NAE_ERA_R-2324_Eesti_Vabariigi_Pohiseaduslik_Assamblee, lk 3
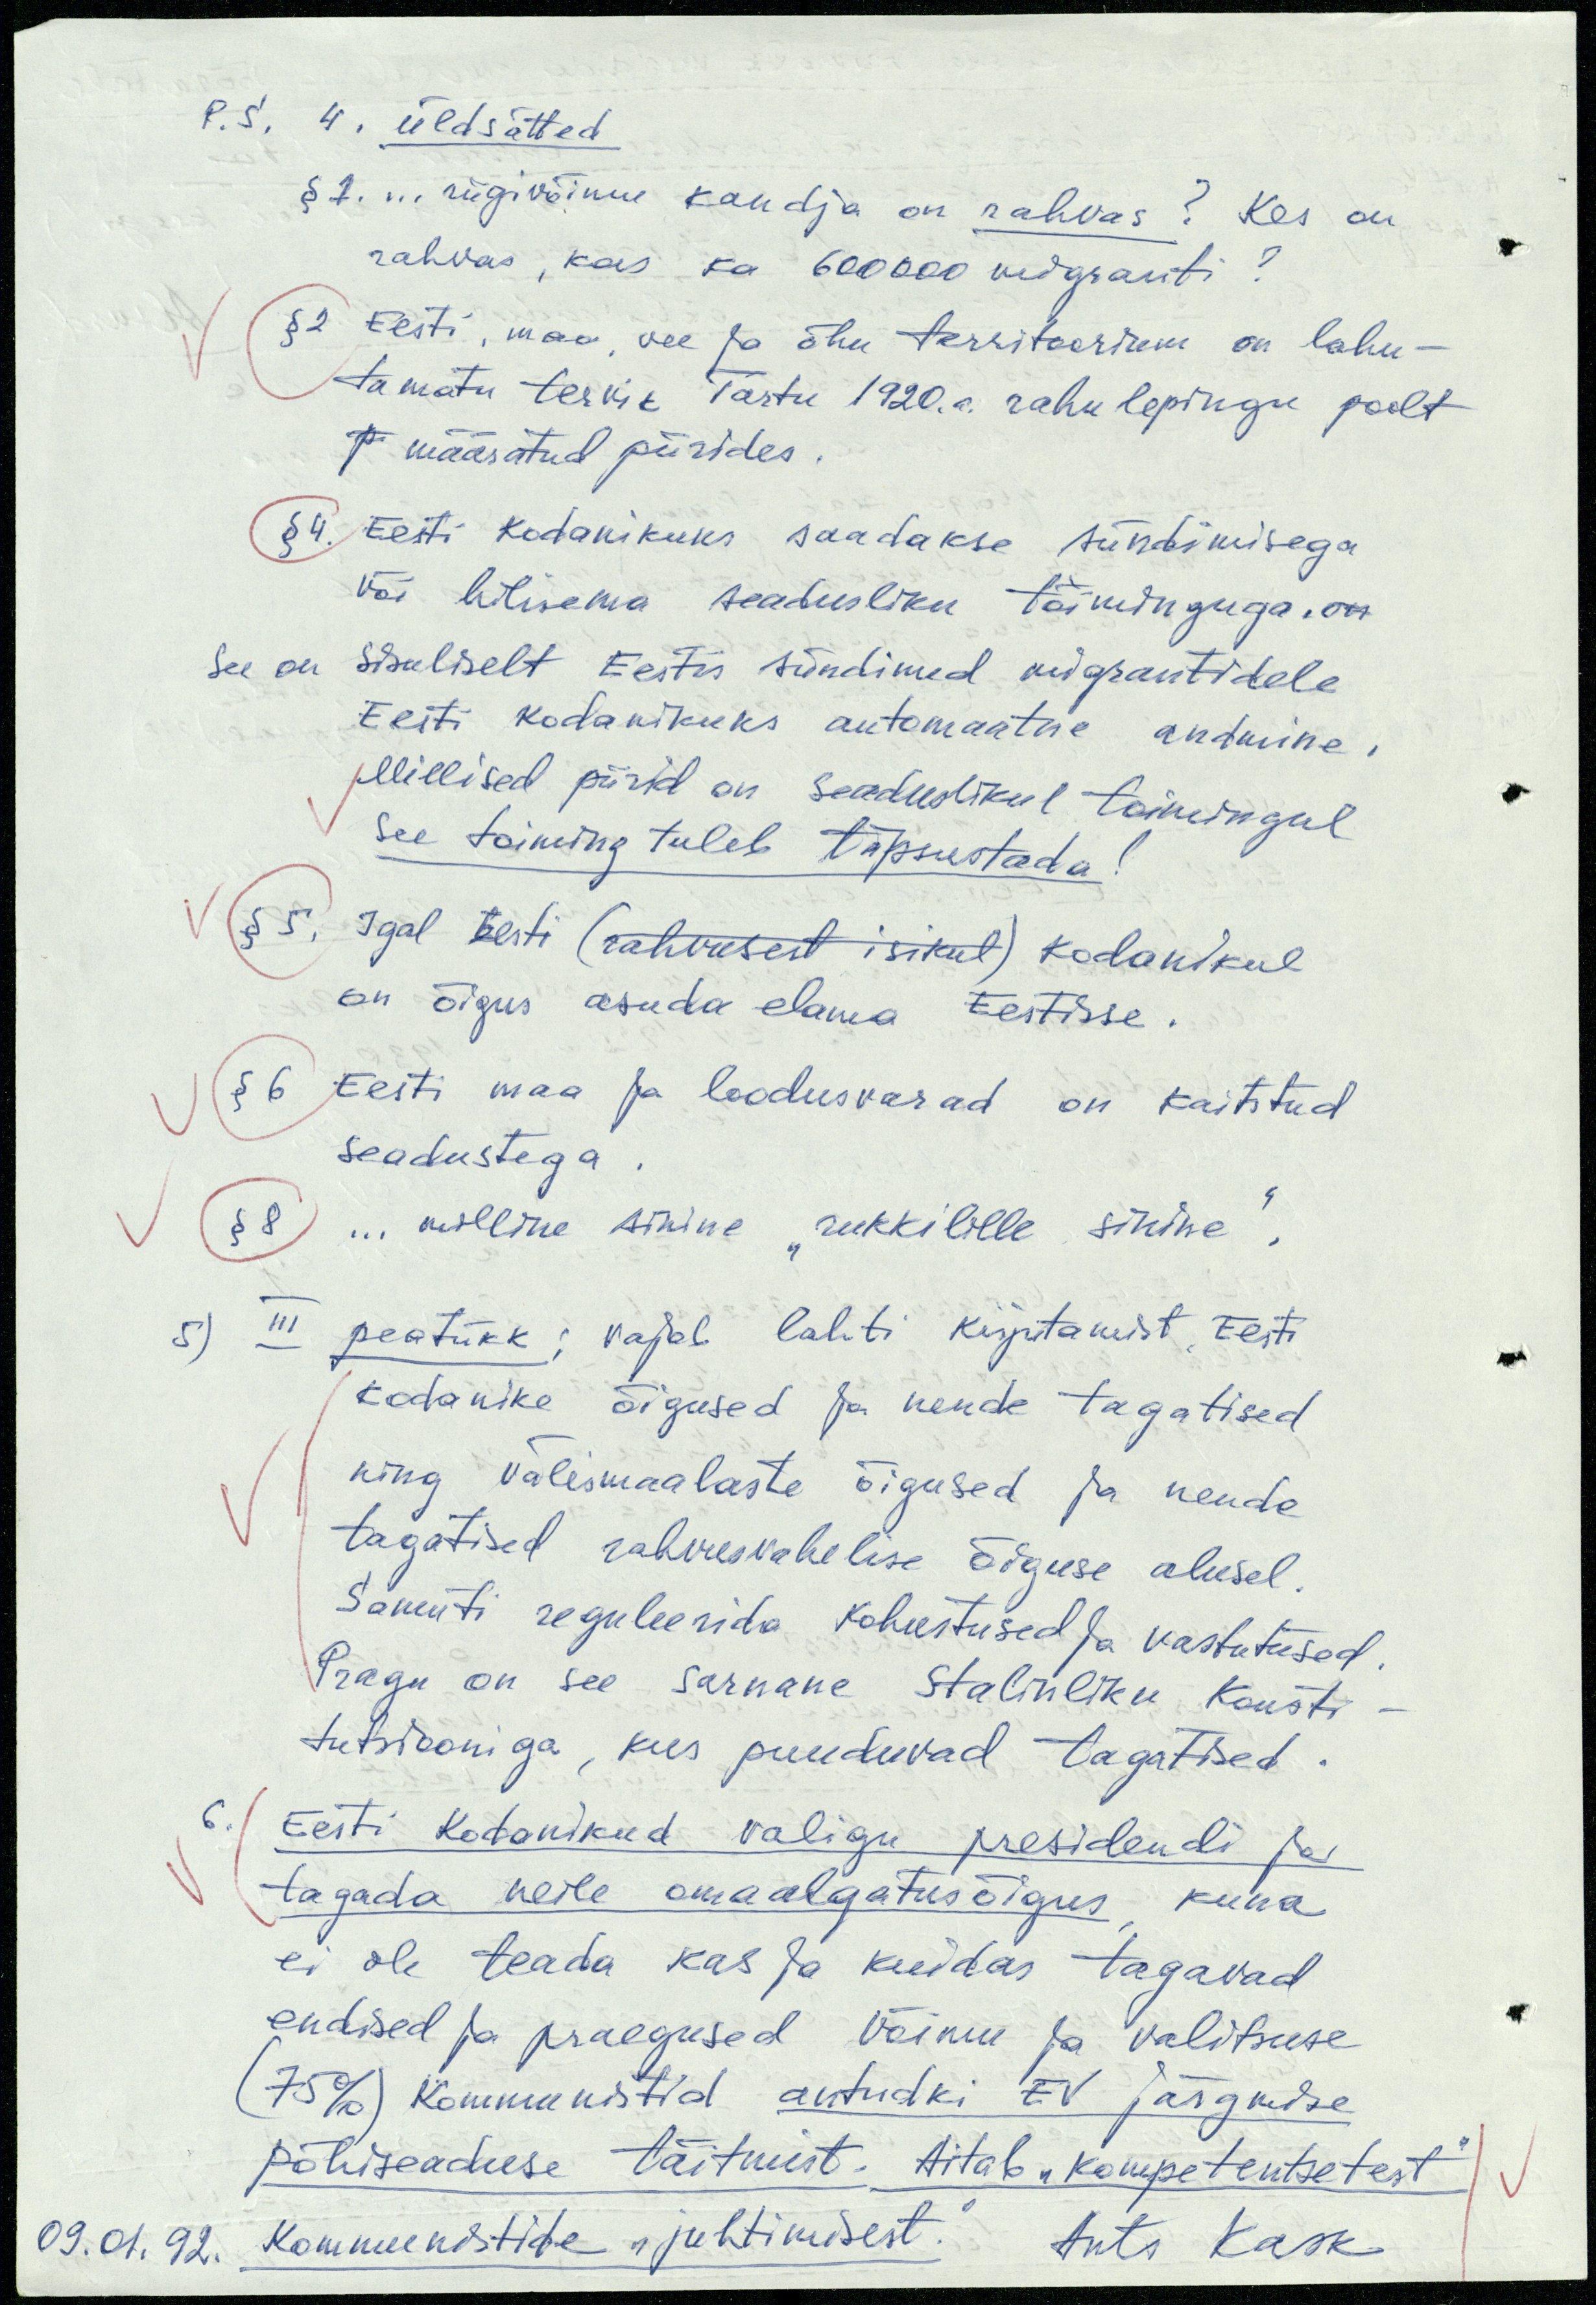
P.S. 4. üldsätted.
§ 7. ... riigivõimu kandja on rahvas? Kes on
rahvas, kas ka 600 000 migranti?
§ 2 Eesti, maa, vee ja õhu territoorium on lahu-
tamatu tervik Tartu 1920.a. rahulepingu poolt
p määratud piirides.
§ 4. Eesti kodanikuks saadakse sündimisega
või hilisema seadusliku toiminguga. on
See on sisuliselt Eestis sündinud migrantidele
Eesti kodanikuks automaatne andmine.
Millised piirid on seaduslikul toimingul
See toiming tuleb täpsustada!
§ 5. Igal Eesti (rahvusest isikul) kodanikul
on õigus asuda elama Eestisse.
§ 6 Eesti maa ja loodusvarad on kaitstud
seadustega.
§ 8) ... milline sinine "rukkilille sinine".
5) III peatükk: vajab lahti kirjutamist. Eesti
kodanike õigused ja nende tagatised
ning välismaalaste õigused ja nende
tagatised rahvusvahelise õiguse alusel.
Samuti reguleerida kohustused ja vastutused.
Pragu on see sarnane Stalinliku Konsti-
tutsiooniga, kus puuduvad tagatised.
6. Eesti kodanikud valigu presidendi ja
tagada neile omaalgatusõigus, kuna
ei ole teada kas ja kuidas tagavad
endised ja praegused võimu ja valitsuse
(75%) kommunistid antudki EV järgmise
põhiseaduse täitmist. Aitab "kompetentsetest"
09.01.92. kommunistide "juhtimisest." Ants Kask